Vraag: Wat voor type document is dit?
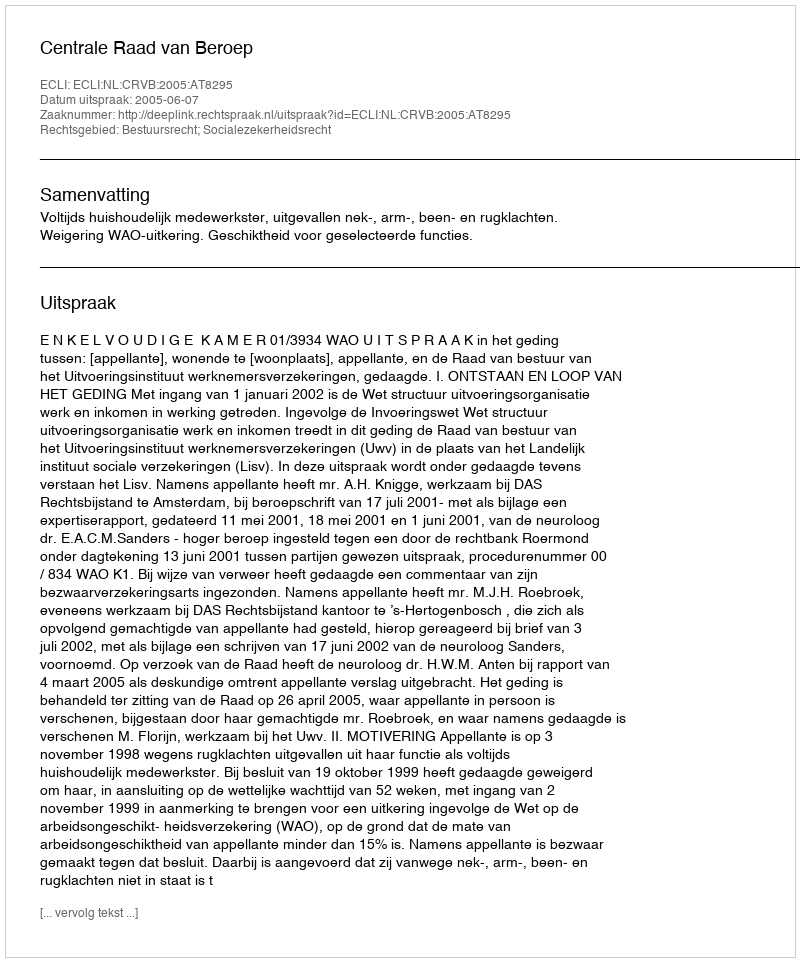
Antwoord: Uitspraak